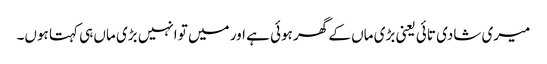
میری شادی تائی یعنی بڑی ماں کے گھر ہوئی ہے اور میں تو انہیں بڑی ماں ہی کہتا ہوں۔